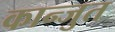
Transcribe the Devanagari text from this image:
कान्जुत